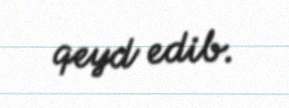
qeyd edib.